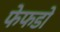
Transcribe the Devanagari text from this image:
फेफडो़